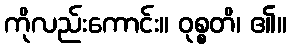
ကိုလည်းကောင်း။ ဝုစ္စတိ၊ ၏။